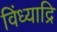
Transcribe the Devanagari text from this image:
विंध्याद्रि